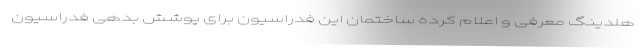
هلدینگ معرفی و اعلام کرده ساختمان این فدراسیون برای پوشش بدهی فدراسیون